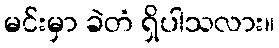
မင်းမှာ ခဲတံ ရှိပါသလား။